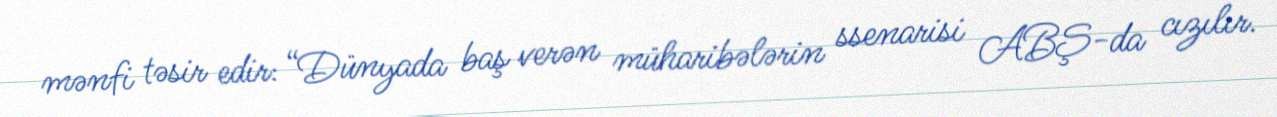
mənfi təsir edir: “Dünyada baş verən müharibələrin ssenarisi ABŞ-da cızılır.